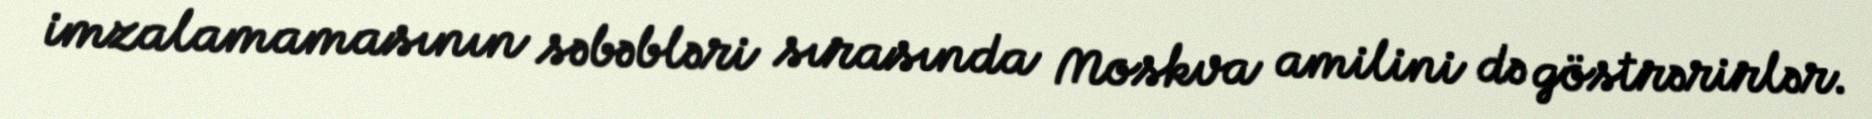
imzalamamasının səbəbləri sırasında Moskva amilini də göstrərirlər.